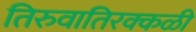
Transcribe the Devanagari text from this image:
तिरुवातिरक्कळी